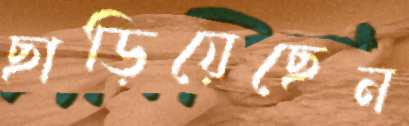
ছাড়িয়েছেন